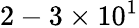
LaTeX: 2-3\times 10^{1}